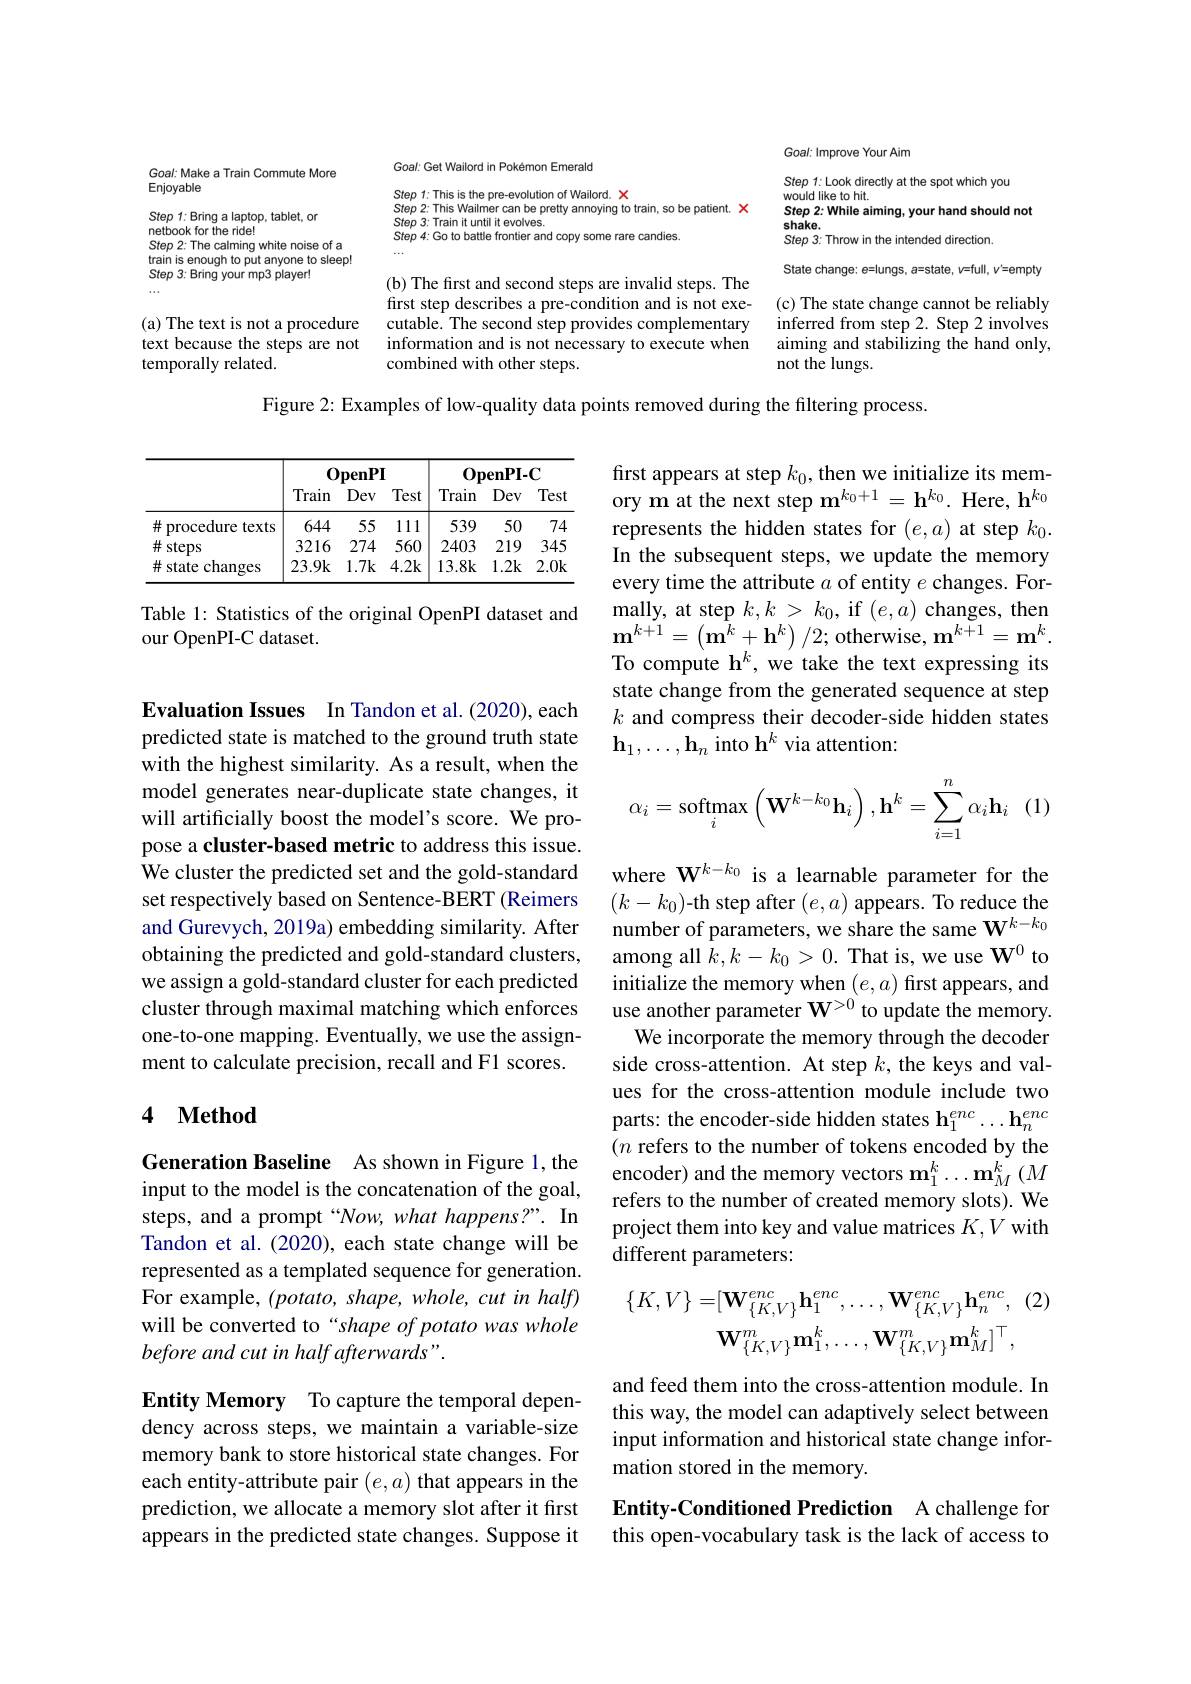
Goal: Get Wailord in Pokémon Emerald

Goal: Make a Train Commute More

Enjoyable

Step 1: This is the pre- evolution of Wailord. X Step 2: This Wailmer can be pretty annoying to train, so be patient. X Step 3: Train it until it evolves.
Step 4: Go to battle frontier and copy some rare candies.

Step 1: Bring a laptop, tablet, or

Goal: Improve Your Aim
Step 1: Look directly at the spot which you
would like to hit.
Step 2: While aiming, your hand should not
$\begin{array}{l}{\mathrm{shake.}}\\{\mathrm{Step~3:~Throw~in~the~intended~direction}}\\\end{array}$
State change: e=lungs, a=state, v=full, v'=empty (c) The state change cannot be reliably inferred from step 2. Step 2 involves aiming and stabilizing the hand only, not the lungs.

netbook for the ride! Step 2: The calming white noise of a train is enough to put anyone to sleep! Step 3: Bring your mp3 player!

(b) The first and second steps are invalid steps. The first step describes a pre-condition and is not executable. The second step provides complementary information and is not necessary to execute when combined with other steps.

(a) The text is not a procedure text because the steps are not temporally related.

Figure 2: Examples of low-quality data points removed during the filtering process.

<table>
	<tbody>
		<tr>
			<th> </th>
			<th colspan="3">$0penPI$</th>
			<th colspan="3">$\mathbf{OpenPI-C}$</th>
		</tr>
		<tr>
			<th> </th>
			<th>Train</th>
			<th>1 Dev</th>
			<th>Test</th>
			<th>I Train</th>
			<th>- - Dev</th>
			<th>Test</th>
		</tr>
		<tr>
			<td>井 procedure texts</td>
			<td>644</td>
			<td>55</td>
			<td>111</td>
			<td>539</td>
			<td>50</td>
			<td>74</td>
		</tr>
		<tr>
			<td>$\#steps$</td>
			<td>3216</td>
			<td>274</td>
			<td>560</td>
			<td>2403</td>
			<td>219</td>
			<td>345</td>
		</tr>
		<tr>
			<td>井 ${:\mathrm{changes}}$ state</td>
			<td>23.9k</td>
			<td>1.7k</td>
			<td>4.2k</td>
			<td>13.8k</td>
			<td>1.2k</td>
			<td>2.0k</td>
		</tr>
	</tbody>
</table>

first appears at step $k_0$, then we initialize its memory m at the next step $\mathbf{m}^k_0+1=\mathbf{h}^{k_0}.$ Here, h$^k_0$ represents the hidden states for $(e,a)$ at step $k_0.$ In the subsequent steps, we update the memory every time the attribute $a$ of entity $e$ changes. For- $\operatorname*{mally,}$ at step $k,k>k_0$, if $(e,a)$ changes, then $\mathbf{m}^{k+1}=\left(\mathbf{m}^{k}+\mathbf{h}^{k}\right)/2;$ otherwise, $\mathbf{m}^{k+1}=\mathbf{m}^{k}.$ To compute h$^k$, we take the text expressing its state change from the generated sequence at step $k$ and compress their decoder-side hidden states $\mathbf{h}_1,\ldots,\mathbf{h}_n$ into $\mathbf{h}^k$ via attention:

Table 1: Statistics of the original OpenPI dataset and
our OpenPI-C dataset.
$$\alpha_i=\mathop{\mathrm{softmax}}\limits_i\left(\mathbf{W}^{k-k_0}\mathbf{h}_i\right),\mathbf{h}^k=\sum\limits_{i=1}^n\alpha_i\mathbf{h}_i$$
Evaluation Issues In Tandon et al.(2020), each predicted state is matched to the ground truth state with the highest similarity. As a result, when the model generates near-duplicate state changes, it will artificially boost the model's score. We propose a cluster-based metric to address this issue. We cluster the predicted set and the gold-standard set respectively based on Sentence-BERT (Reimers and Gurevych, 2019a) embedding similarity. After obtaining the predicted and gold-standard clusters, we assign a gold-standard cluster for each predicted cluster through maximal matching which enforces one-to-one mapping. Eventually, we use the assignment to calculate precision, recall and F1 scores.

where $\mathbf{W}^{k-k_0}$ is a learnable parameter for the $(k-k_0)$-th step after $(e,a)$ appears. To reduce the number of parameters, we share the same $\mathbf{W}^k-k_0$ among all $k,k-k_0>0.$ That is, we use $\mathbf{W}^{0}$ to initialize the memory when $(e,a)$ first appears, and use another parameter $\mathbf{W}^{>0}$ to update the memory We incorporate the memory through the decoder side cross-attention. At step $k$, the keys and values for the cross-attention module include two parts: the encoder-side hidden states h$_1^{enc}\ldots\mathbf{h}_n^{enc}$ $(n$ refers to the number of tokens encoded by the encoder) and the memory vectors $\mathbf{m}_1^k\ldots\mathbf{m}_M^k\left(M\right.$ refers to the number of created memory slots).We project them into key and value matrices $K,V$ with different parameters:

# 4 Method

Generation Baseline As shown in Figure 1, the input to the model is the concatenation of the goal, steps, and a prompt “Now, what happens?”. In Tandon et al. (2020), each state change will be represented as a templated sequence for generation. For example, $(potato,shape,whole,cutinhalf)$ will be converted to“shape of potato was whole before and cut in half afterwards".
$$\{K,V\}=[\mathbf{W}_{\{K,V\}}^{enc}\mathbf{h}_{1}^{enc},\ldots,\mathbf{W}_{\{K,V\}}^{enc}\mathbf{h}_{n}^{enc},\:(2\\\mathbf{W}_{\{K,V\}}^{m}\mathbf{m}_{1}^{k},\ldots,\mathbf{W}_{\{K,V\}}^{m}\mathbf{m}_{M}^{k}]^{\top},$$
and feed them into the cross-attention module. In this way, the model can adaptively select between input information and historical state change information stored in the memory.

Entity Memory To capture the temporal dependency across steps, we maintain a variable-size memory bank to store historical state changes. For each entity-attribute pair $(e,a)$ that appears in the prediction, we allocate a memory slot after it first appears in the predicted state changes. Suppose it

Entity-Conditioned Prediction A challenge for this open-vocabulary task is the lack of access